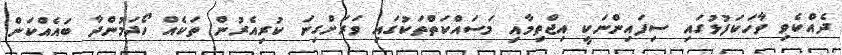
ދެއްކެވި ވާހަކަފުޅުގައި ސިފައިންނަކީ އިޖްތިމާއި މަސައްކަތްތަކުގައި ވަރަށްގިނަ ކުރިއެރުން ތަކެއް ހޯދަމުންދާ ބައެއްކަން